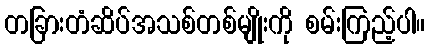
တခြားတံဆိပ်အသစ်တစ်မျိုးကို စမ်းကြည့်ပါ။